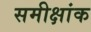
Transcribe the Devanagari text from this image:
समीक्षांक